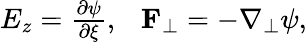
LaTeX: \begin{array}{r}{E_{z}=\frac{\partial\psi}{\partial\xi},~~~\mathbf{F}_{\perp}=-\mathbf{\nabla}_{\perp}\psi,}\end{array}